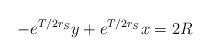
LaTeX: \begin{align*}-e^{T/2r_S}y + e^{T/2r_S}x = 2R \end{align*}